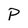
Character: P